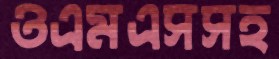
ওএমএসসহ